Voisiku_vallavalitsus, lk 53
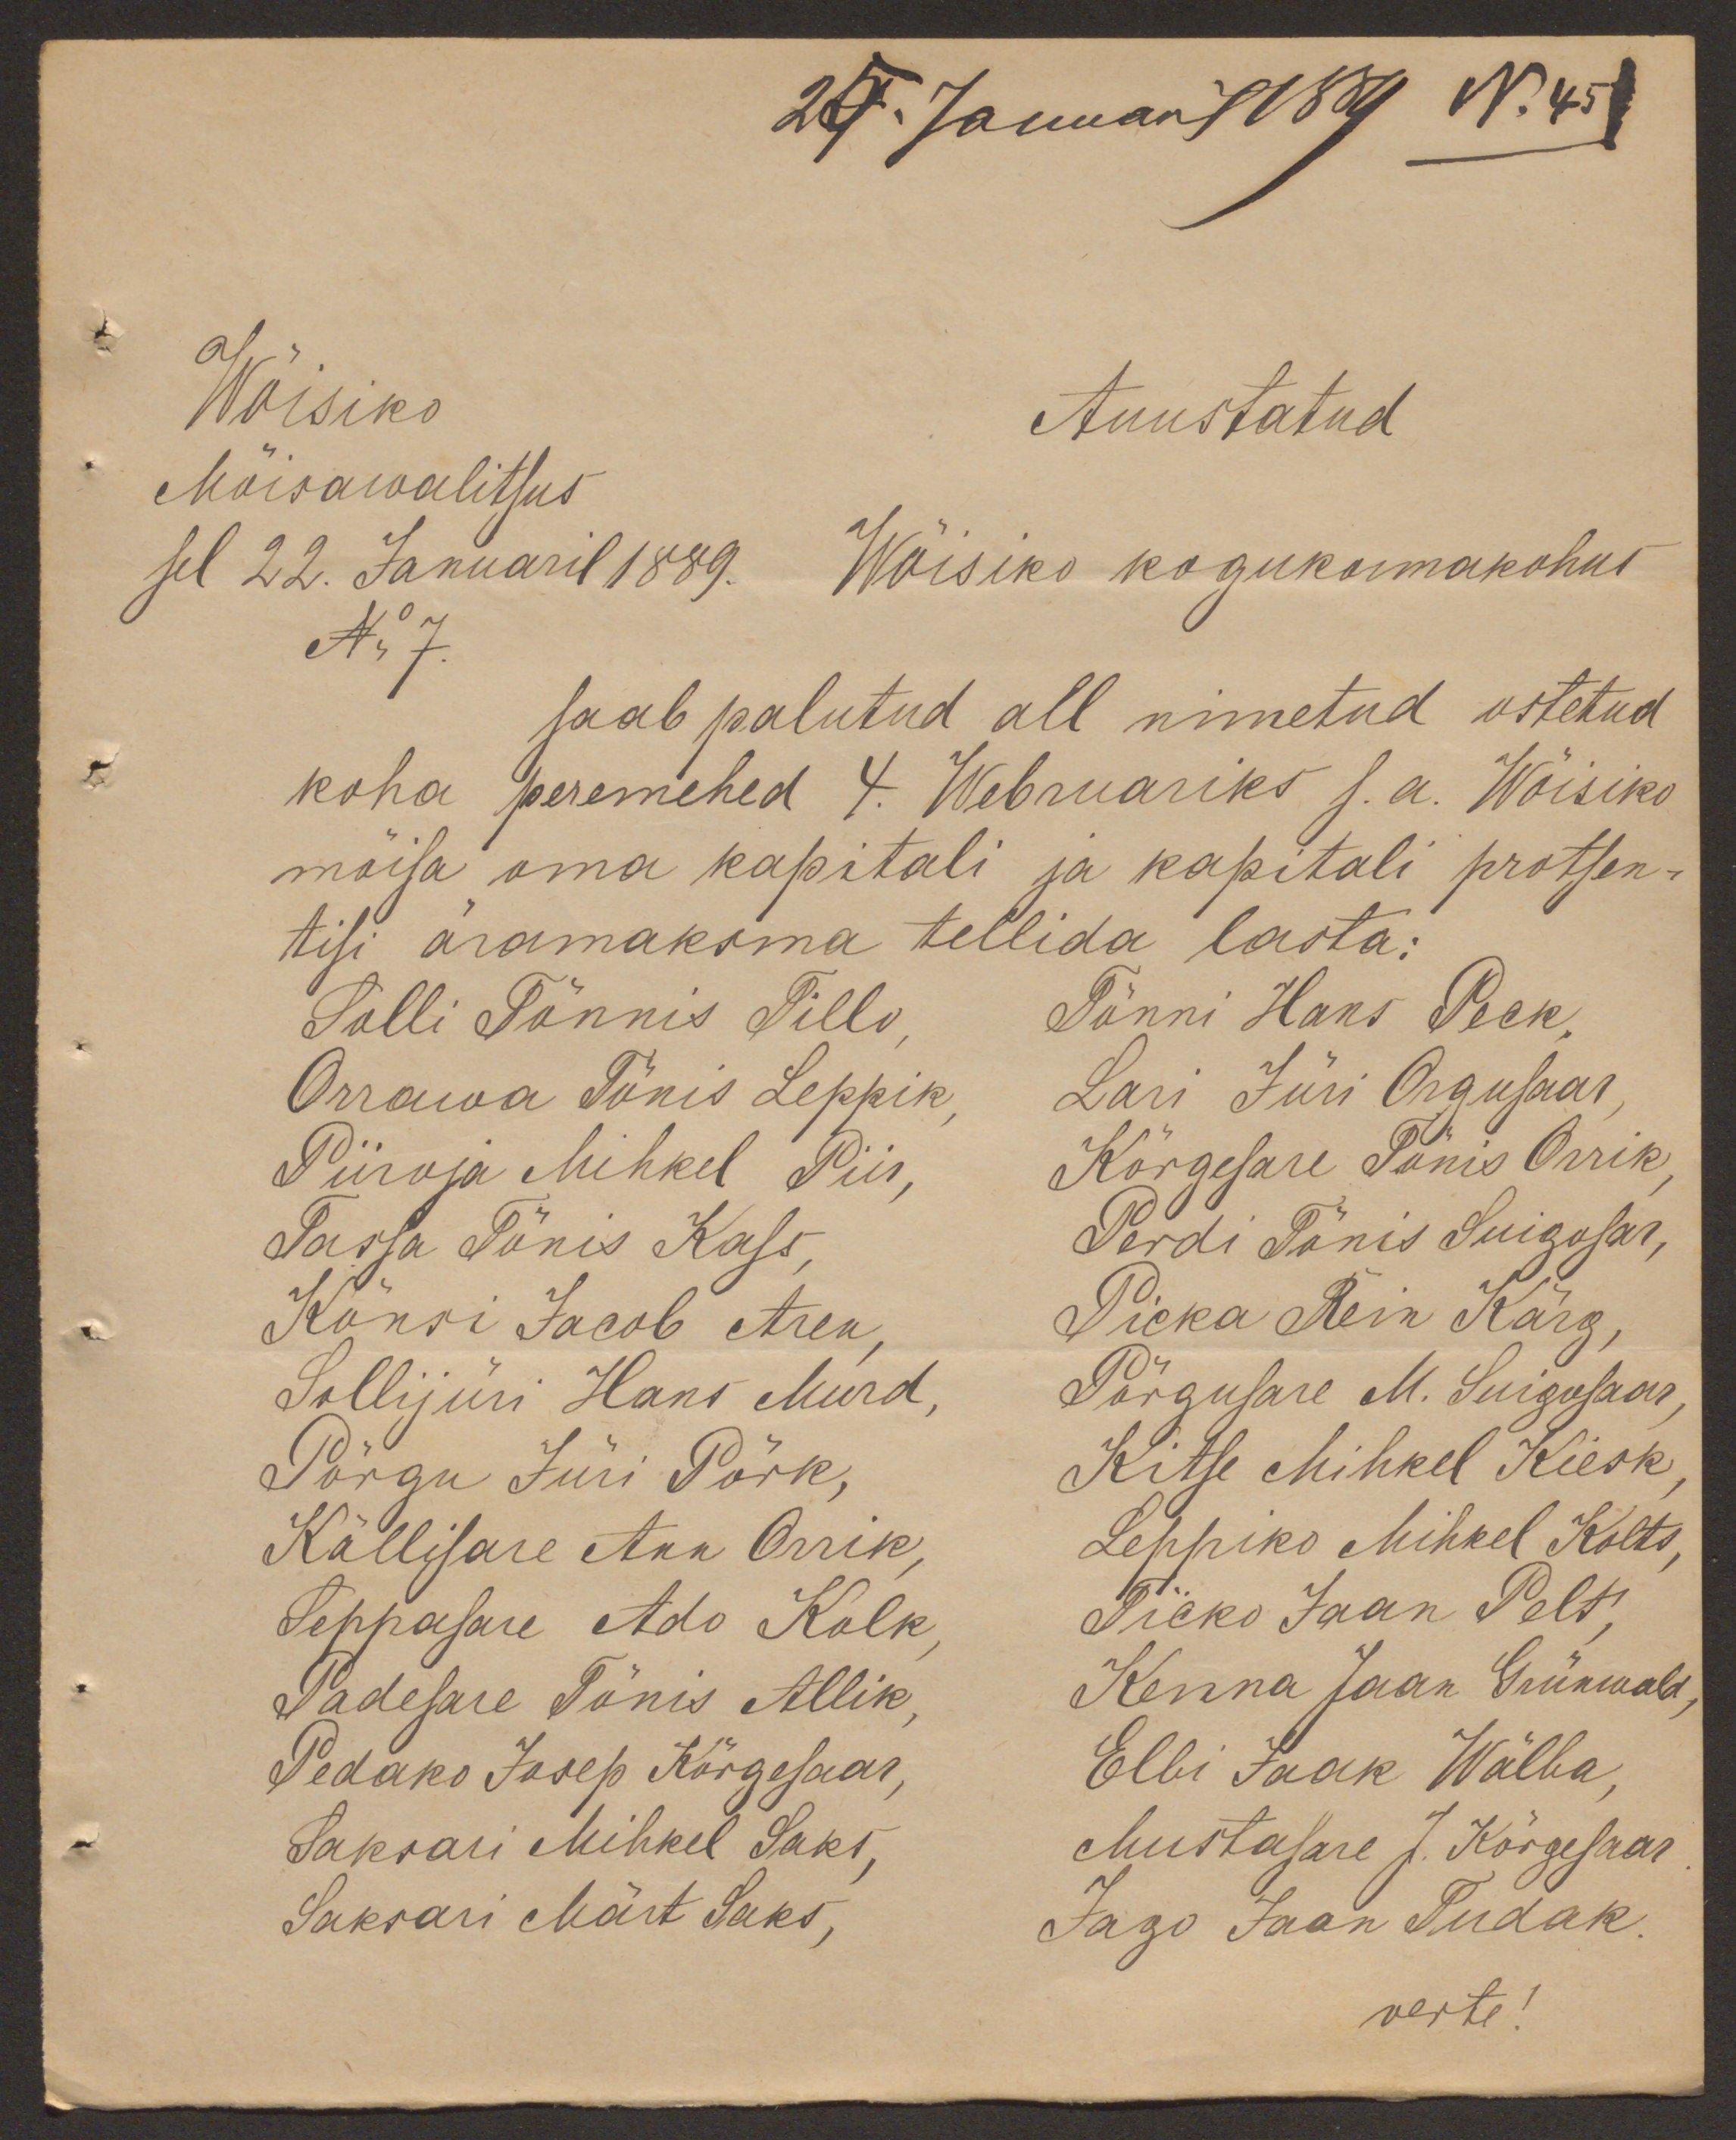
25. Januar 1889 N. 45
Wõisiko
Auustatud
Mõisawalitsus
sel 22. Januaril 1889. Wõisiks kogukonnakohus
No 7.
saab palutud all nimetud ostetud
koha peremehed 4. Webruariks s.a. Wõisiko
mõisa oma kapitali ja kapitali protsen-
tisi äramaksma tellida lasta:
Solli Tõnnis Tillo,
Tõnni Hans Peck
Orrawa Tõnis Leppik,
Lari Jüri Orgusaar
Piiroja Mihkel Piir,
Kõrgesare Tõnis Orrik,
Tassa Tõnis Kass,
Perdi Tõnis Suigasar,
Kõnsi Jacob Aren,
Picka Rein Kärg,
Sollijüri Hans Murd,
Põrgusare M. Suigosaar
Põrgu Jüri Põrk,
Kitse Mihkel Kiesk
Källisare Ann Orrik,
Leppiko Mihkel Kolts,
Leppasare Ado Kolk,
Ticko Jaan Pelt,
Padesare Tõnis Allik,
Kenna Jaan Grünwald,
Pedako Josep Kõrgesaar,
Elbi Jaak Wälba,
Saksari Mihkel Saks,
Mustasare J. Kõrgesaar
Saksari Märt Saks,
Jago Jaan Tudak.
verte!